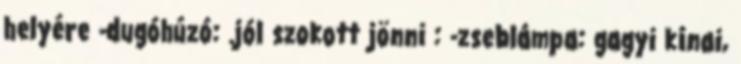
helyére -dugóhúzó: .jól szokott jönni : -zseblámpa: gagyi kínai,